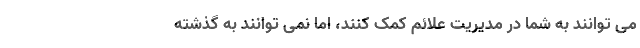
می توانند به شما در مدیریت علائم کمک کنند، اما نمی توانند به گذشته